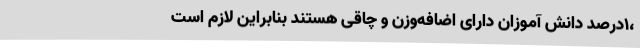
،1درصد دانش آموزان دارای اضافه‌وزن و چاقی هستند بنابراین لازم است